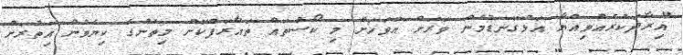
"އިރާދަކުރެއްވިއްޔާ އަޅުގަނޑުމެން ވަރަށް އަވަހަށް މި ކޯސްތައް ތައާރަފްކޮށް މިތަނުގެ ކިޔެވުން އިތުރަށް